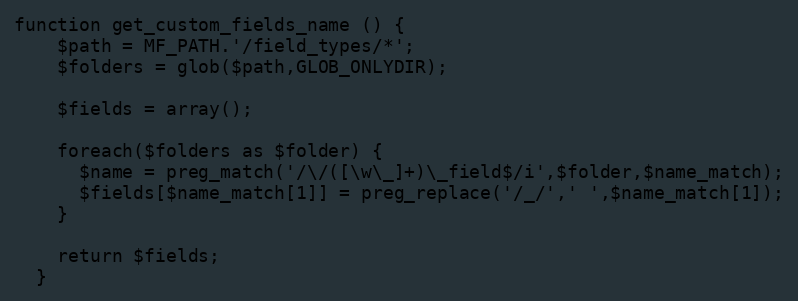
Language: PHP
function get_custom_fields_name () {
    $path = MF_PATH.'/field_types/*';
    $folders = glob($path,GLOB_ONLYDIR);

    $fields = array();

    foreach($folders as $folder) {
      $name = preg_match('/\/([\w\_]+)\_field$/i',$folder,$name_match);
      $fields[$name_match[1]] = preg_replace('/_/',' ',$name_match[1]);
    }

    return $fields;
  }